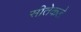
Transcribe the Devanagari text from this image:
सीतेकडे